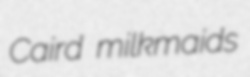
Caird milkmaids